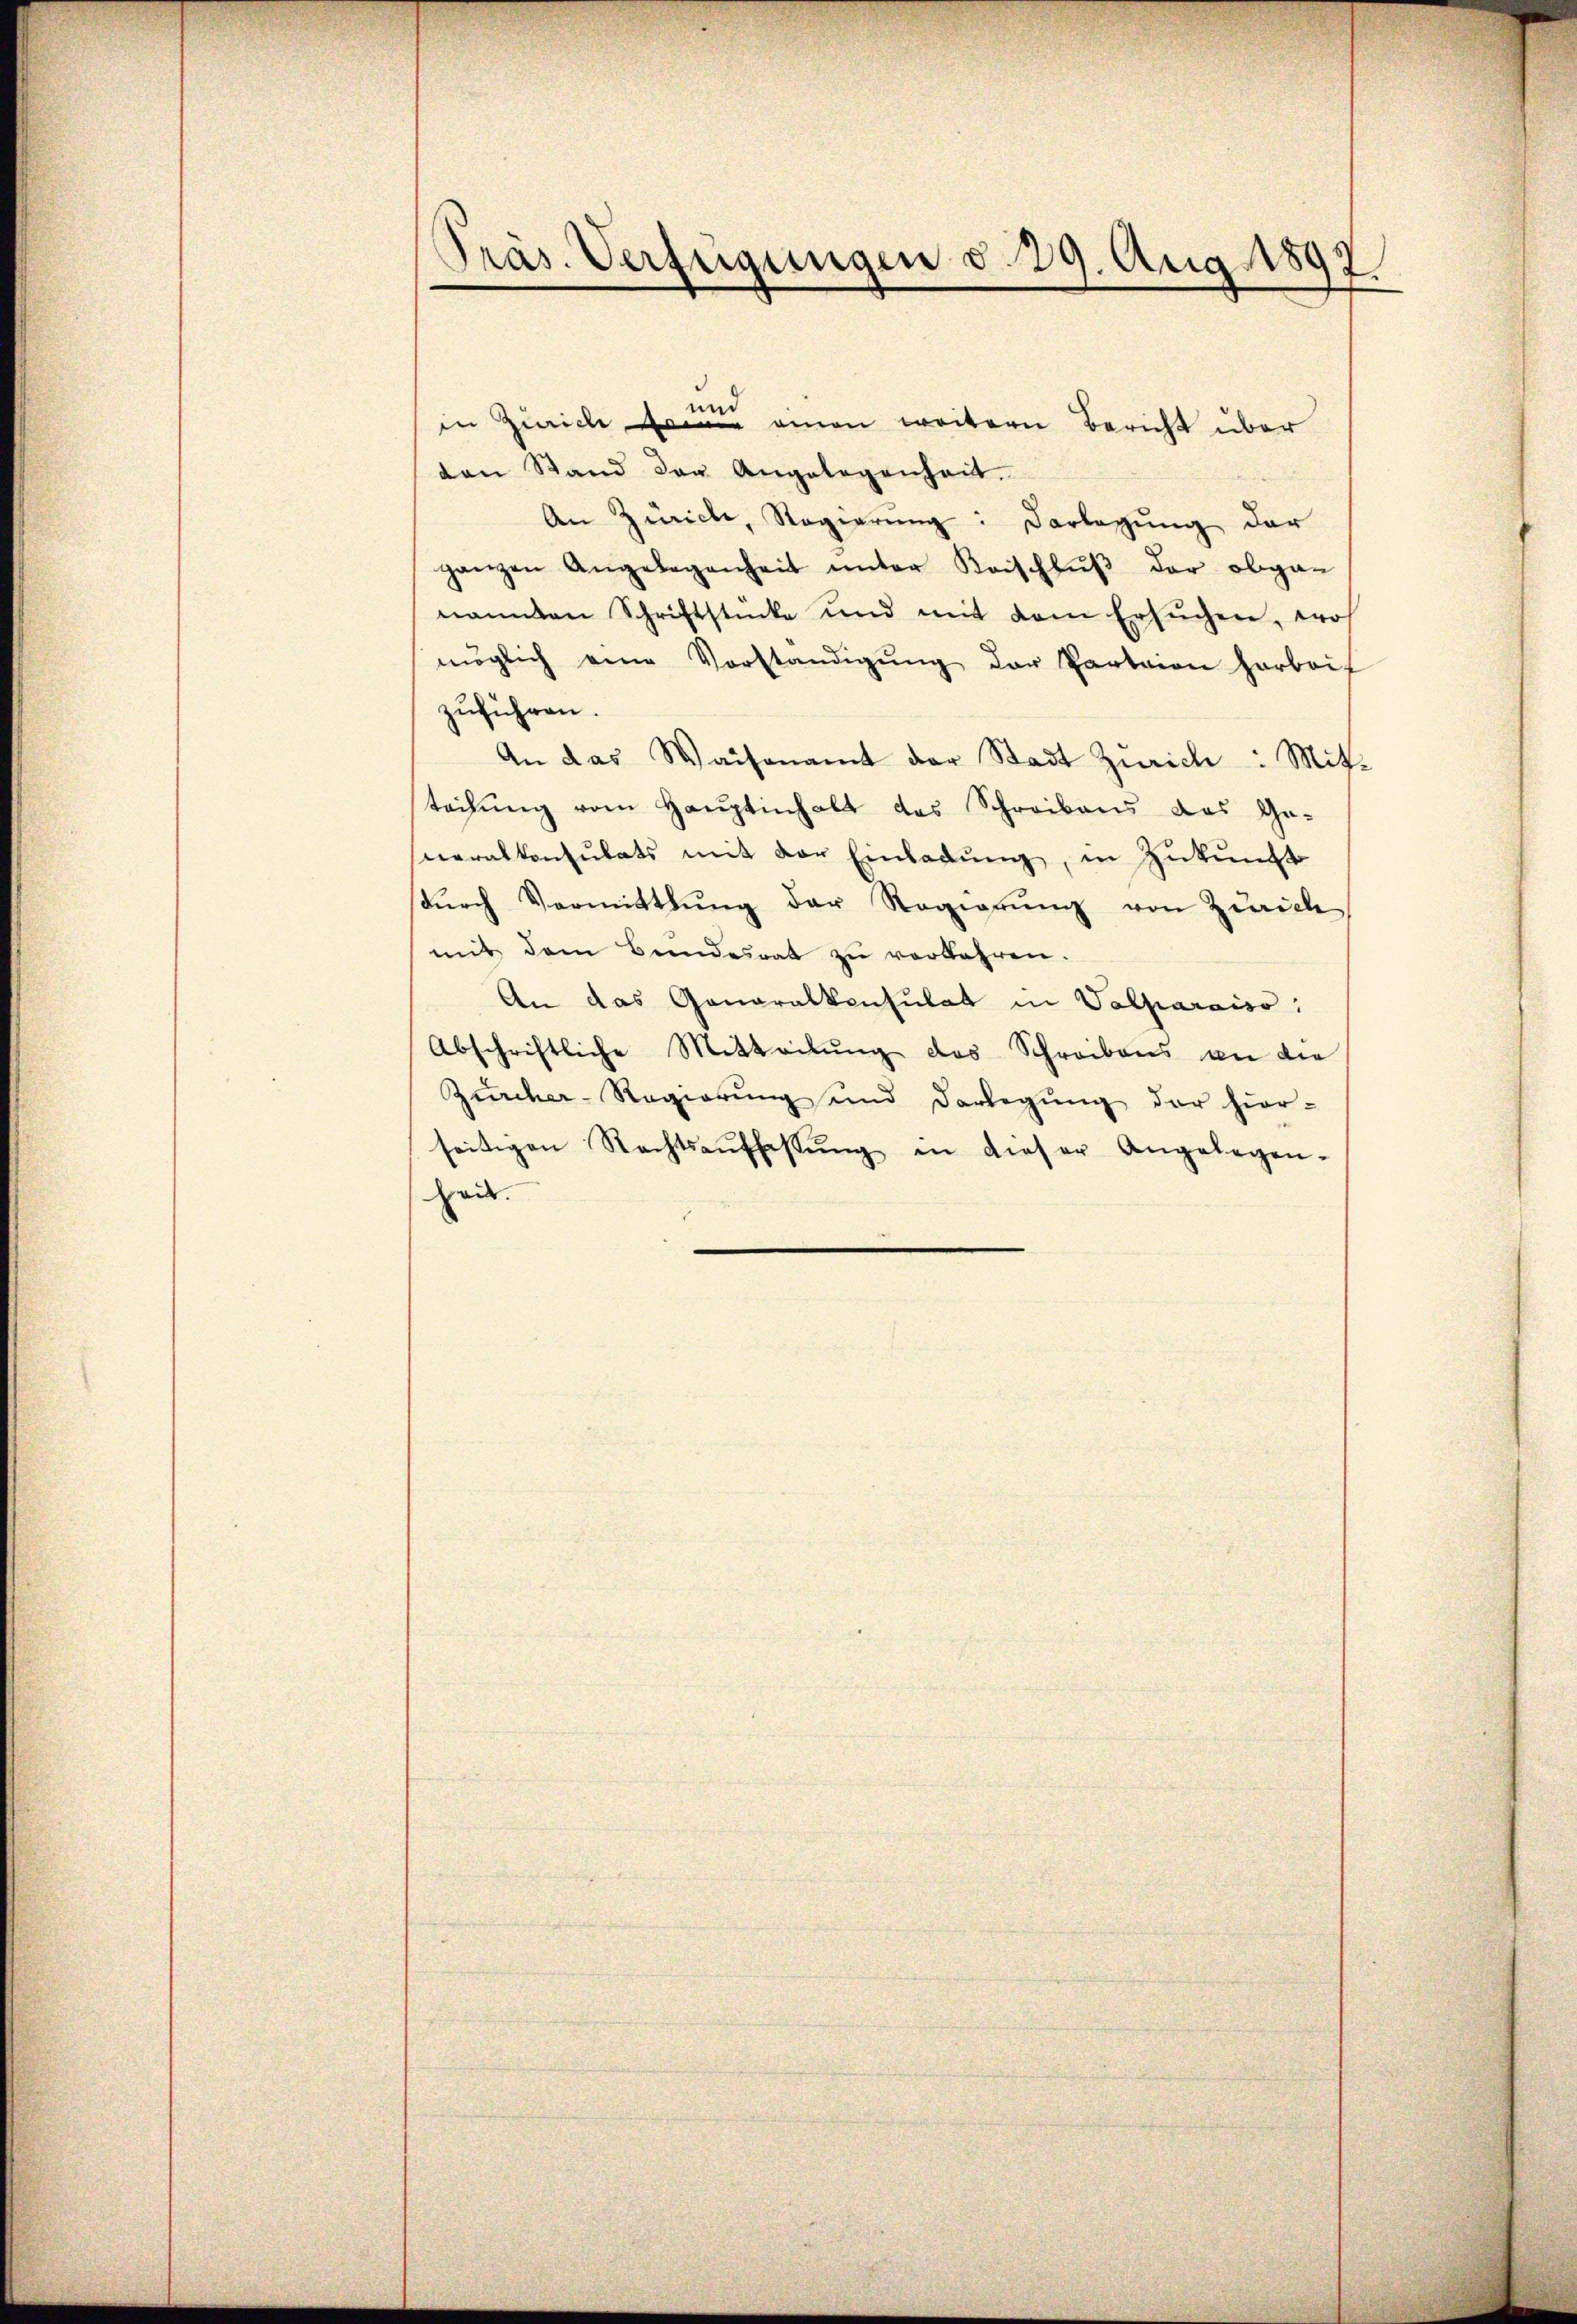
Präs. Verfügungen d. 29. Aug. 1892.
d

n
in Zürich namen weitern Bericht über
den Stand der Angelegenheit.
An Zürich, Regierung: Darlegung der
ganzen Angelegenheit ŭnter Kaischlŭβ der abgan
nannten Schriftstücke und mit dem ersŭchen, wos
möglich eine Vorständigŭng der Parteien harbeif
zuführen.
An das Waisenamt der Stadt Zürich : Mitt-
teilŭng vom Haŭptinhalt des Schreibens das Ge-
neralkonsulats mit der Einladŭng, in Zukunft
dŭrch Vermittlung der Regierŭng von Zürich
mit dem Bundesrat zŭ verkehren.
An das Generalkonsulat in Valparaiso:
Abschriftliche Mitteilŭng des Schreibens an die
Zürcher-Regierŭng und Darlegŭng der hier-
seitigen Rechtsauffassŭng in dieser Angelegen-
haut.